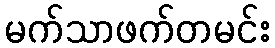
မက်သာဖက်တမင်း